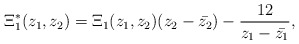
\begin{align*}\Xi^{\ast}_1(z_1,z_2)= \Xi_1(z_1,z_2)(z_2-\bar{z_2}) - \frac{12}{z_1-\bar{z_1}},\end{align*}